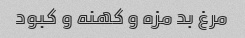
مرغ بد مزه و کهنه و کبود